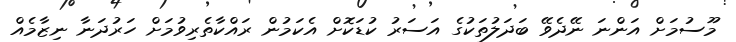
މޫސުމަށް އަންނަ ނޭދެވޭ ބަދަލުތަކުގެ އަސަރު ކުޑަކޮށް އެކަމުން ރައްކާތެރިވުމަށް ހަރުދަނާ ނިޒާމެއް